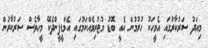
މިއަދު ސަރުކާރުގައި އެމީހަކު ހުރުމުން އެއީ ބޮޑު މުޖުރިމެއްކަމުގައި އެމްޑީޕީންދެކޭ މީހާވެސް ސަރުކާރުން